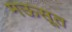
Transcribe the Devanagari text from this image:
मऊसूत